Veterinary regulations India, 1925 -
Year: 1925
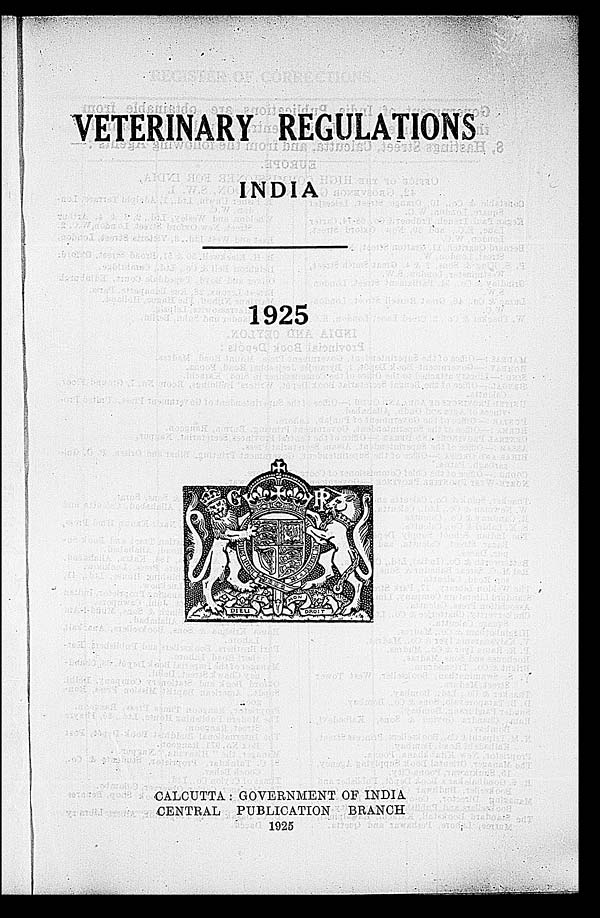
VETERINARY REGULATIONS
INDIA
1925
CALCUTTA GOVERNMENT OF INDIA
CENTRAL PUBLICATION
BRANCH
1925